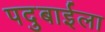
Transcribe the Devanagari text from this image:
पदुबाईला